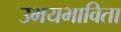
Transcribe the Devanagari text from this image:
उभयभाविता